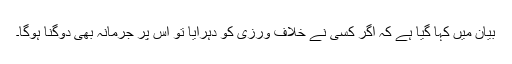
بیان میں کہا گیا ہے کہ اگر کسی نے خلاف ورزی کو دہرایا تو اس پر جرمانہ بھی دوگنا ہوگا۔